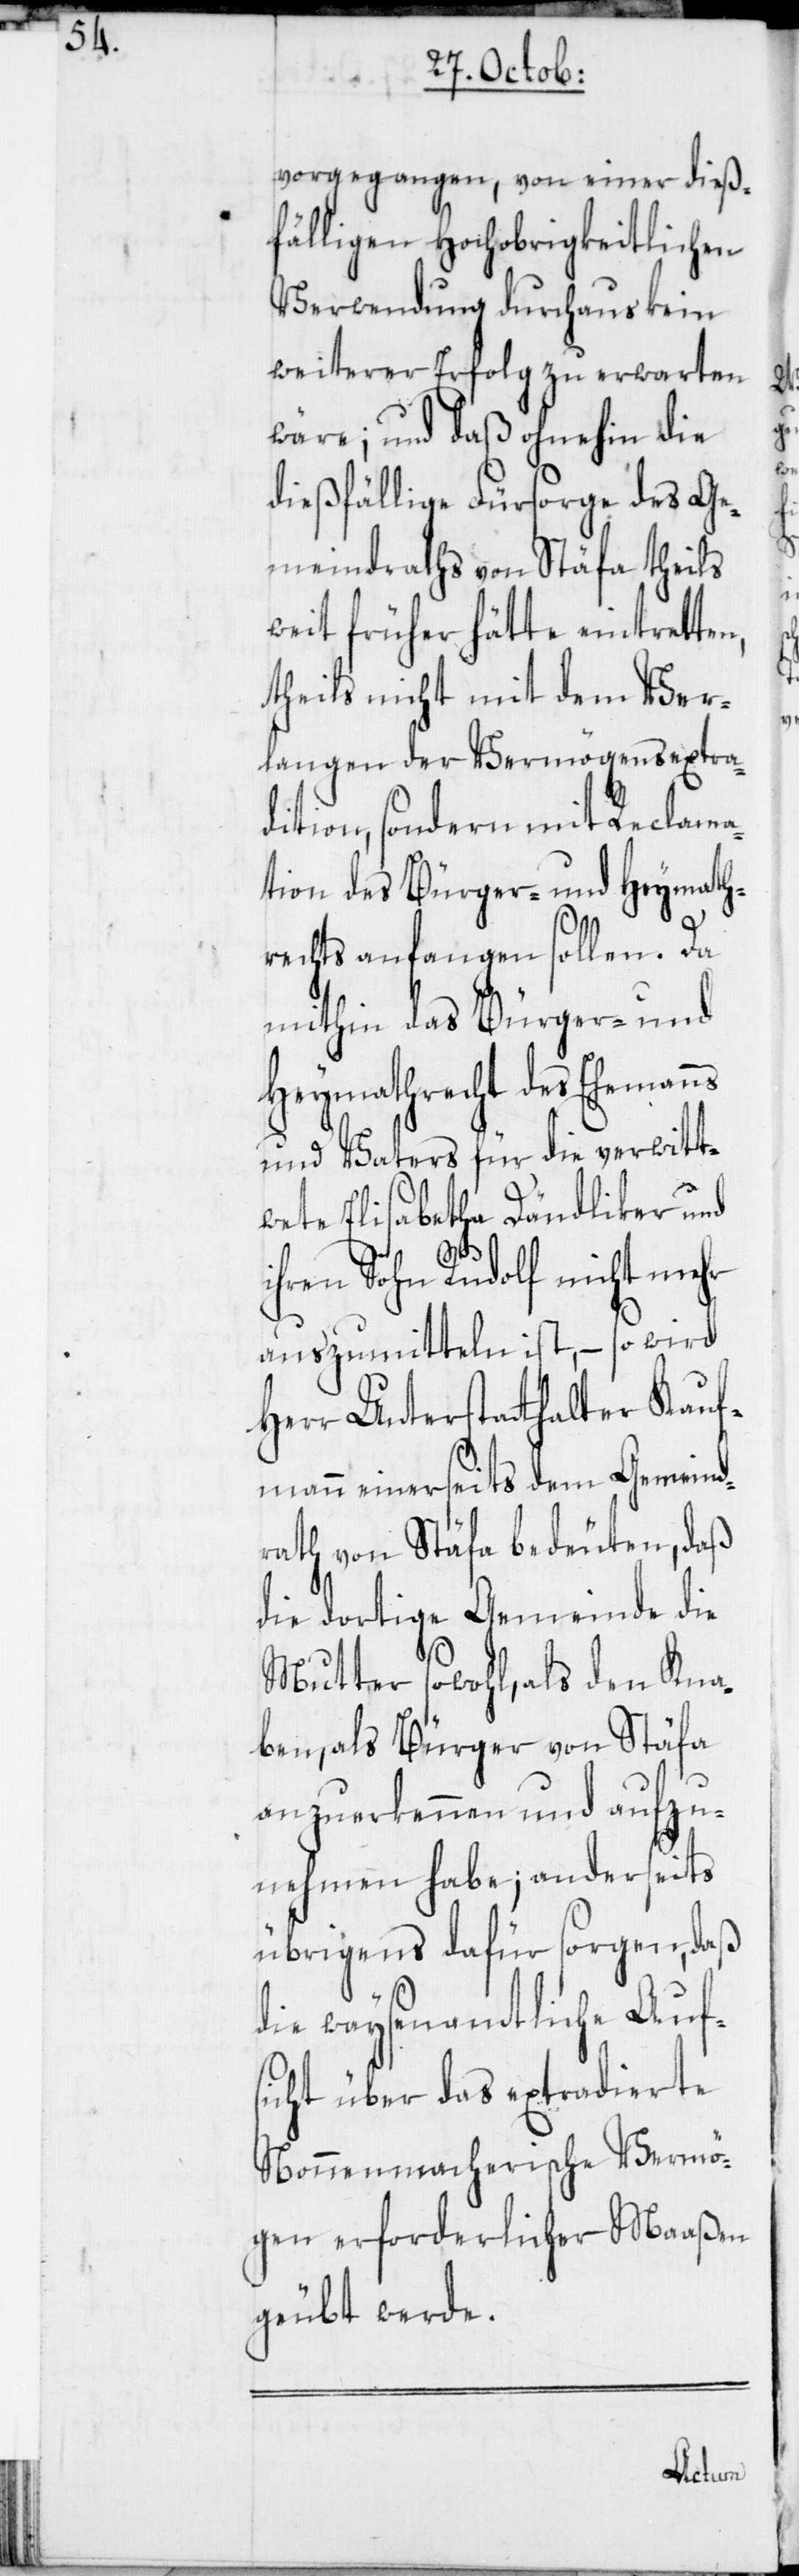
vorgegangen, von einer dieß¬
fälligen Hochobrigkeitlichen
Verwendung durchaus kein
weiterer Erfolg zu erwarten
wäre; und daß ohnehin die
dießfällige Fürsorge des Ge¬
meindraths von Stäfa theils
weit früher hätte eintretten,
theils nicht mit dem Ver¬
langen der Vermögensextra¬
dition, sondern mit Reclama¬
tion des Bürger- und Heymath¬
rechts anfangen sollen. Da
mithin das Bürger- und
Heymathrecht des Ehemanns
und Vaters für die verwitt¬
wete Elisabetha Dändliker und
ihren Sohn Rudolf nicht mehr
auszumitteln ist, – so wird
Herr Unterstatthalter Kauf¬
mann einerseits dem Gemeind¬
rath von Stäfa bedeuten, daß
die dortige Gemeinde die
Mutter sowohl, als den Kna¬
ben, als Bürger von Stäfa
anzuerkennen und aufzu¬
nehmen habe; anderseits
übrigens dafür sorgen, daß
die waysenamtliche Auf¬
sicht über das extradierte
Nonnenmacherische Vermö¬
gen erforderlicher Maaßen
geübt werde.